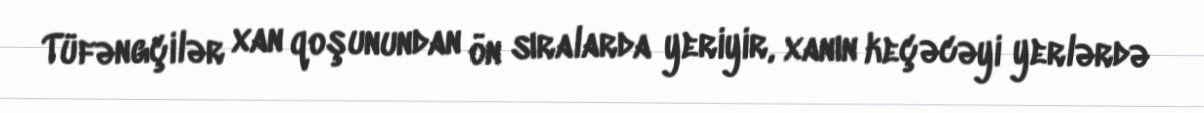
Tüfəngçilər xan qoşunundan ön sıralarda yeriyir, xanın keçəcəyi yerlərdə